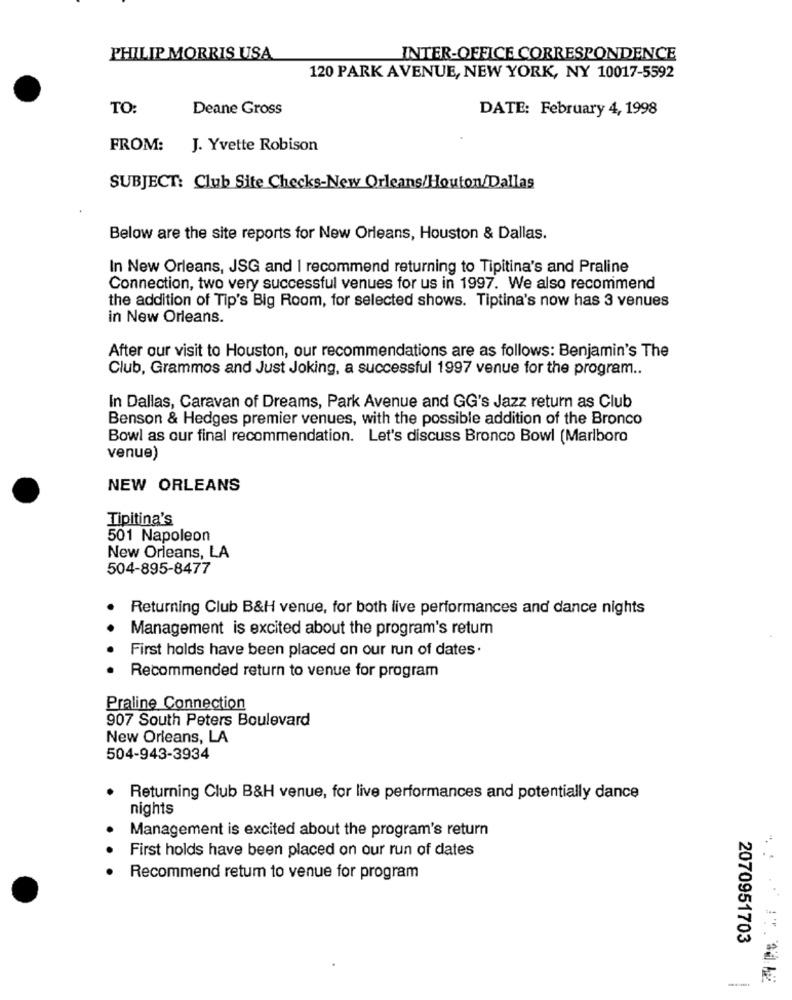
PHILIP MORRIS USA
INTER-OFFICE CORRESPONDENCE
120 PARK AVENUE, NEW YORK, NY 10017-5592
TO:
Deane Gross
DATE: February 4, 1998
FROM:
J. Yvette Robison
SUBJECT: Club Site Checks-New Orleans/Houton/Dallas
Below are the site reports for New Orleans, Houston & Dallas.
In New Orleans, JSG and I recommend returning to Tipitina's and Praline
Connection, two very successful venues for us in 1997. We also recommend
the addition of Tip's Big Room, for selected shows. Tiptina's now has 3 venues
in New Orleans.
After our visit to Houston, our recommendations are as follows: Benjamin's The
Club, Grammos and Just Joking, a successful 1997 venue for the program ..
In Dallas, Caravan of Dreams, Park Avenue and GG's Jazz return as Club
Benson & Hedges premier venues, with the possible addition of the Bronco
Bowl as our final recommendation. Let's discuss Bronco Bowl (Marlboro
venue)
NEW ORLEANS
Tipitina's
501 Napoleon
New Orleans, LA
504-895-8477
Returning Club B&H venue, for both live performances and dance nights
.
Management is excited about the program's retum
First holds have been placed on our run of dates.
Recommended return to venue for program
Praline Connection
907 South Peters Boulevard
New Orleans, LA
504-943-3934
Returning Club B&H venue, for live performances and potentially dance
nights
Management is excited about the program's return
..
First holds have been placed on our run of dates
Recommend retum to venue for program
2070951703